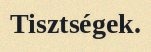
Tisztségek.